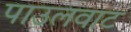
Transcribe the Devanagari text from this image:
पाउलवाट